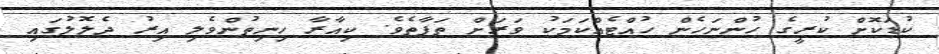
ކުޑަކޮށް ކުރީގެ ހުންނަހެން ހުއްޓެއްކަމަކު ވަރަށް ތަފާތެވެ. ކިއާރާ ހިނިތުންވެލި އިރު ދެލޮލުގައި